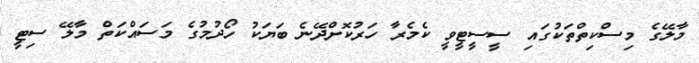
މާލޭގެ މިސްކިތްތަކުގައި ސީސީޓީވީ ކެމެރާ ހަރުކޮށްދޭނެ ބަޔަކު ހޯދުމުގެ މަސައްކަތް މާލޭ ސިޓީ